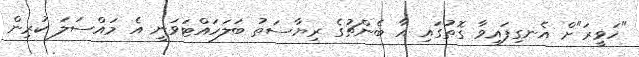
"ހަވީރަ"ށް އެނގިފައިވާ ގޮތުގައި އާ ބެންޗުގެ ރިޔާސަތު ބަލަހައްޓަވަނީ އެ މައްސަލަ ކުރިން